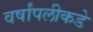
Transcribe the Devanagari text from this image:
वर्षांपलीकडे